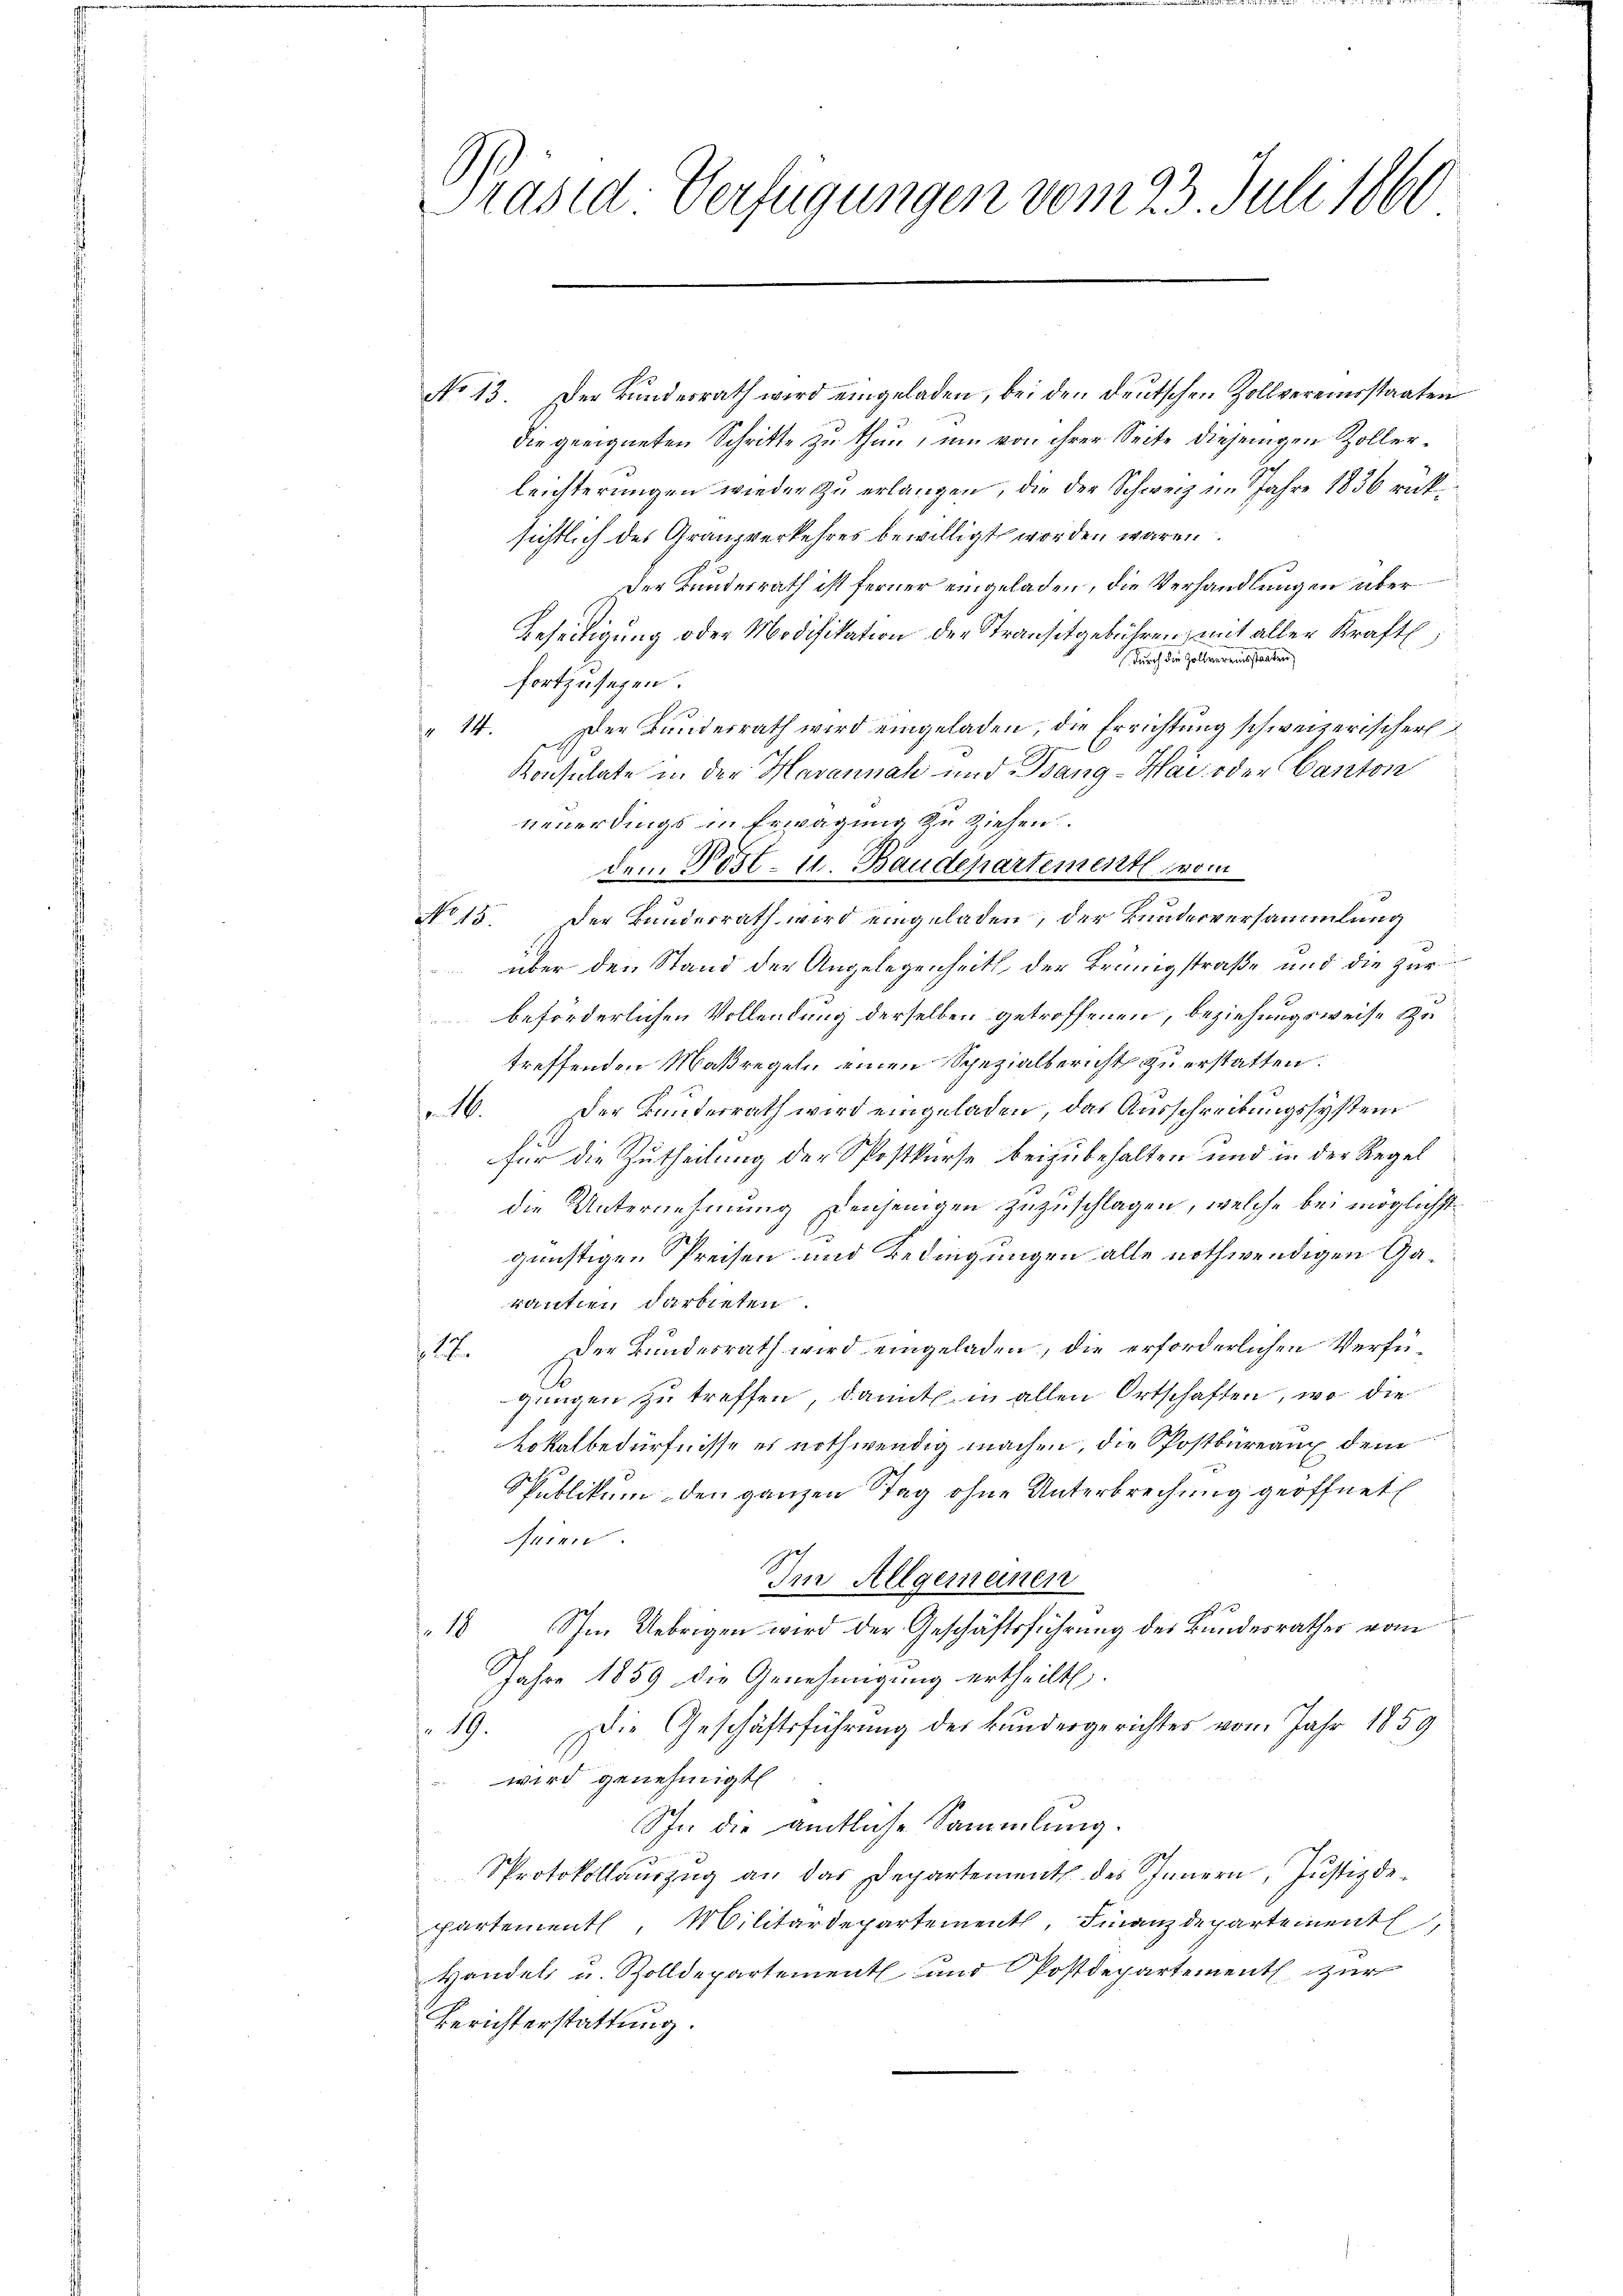
Präsid. Verfügungen vom 23. Juli 1860

No 13. Der Bundesrath wird eingeladen, bei den deutschen Zollvereinsstaaten
die geeigneten Schritte zu thun, um von ihrer Seite diejenigen Zollerleichterungen wieder zu erlangen, die der Schweiz im Jahre 1836 rüksichtlich des Granzverkehres bewilligt worden wären.
Der Bundesrath ist ferner eingeladen, die Verhandlungen über
Beseitigung oder Modifikation der Stranstgebühren, mit aller Kraftl
 durch die Zollvereinsstaaten
fortzusehen.
" 14. Der Bunderrath wird eingeladen, die Errichtung schweizerischer
Konsulate in der Havannah und Dang-Hai oder Canton
neuerdings in Erwägung zu ziehen.
dem Post- u. Baudepartement vom
No 15. Der Bundesrath wird eingeladen, der Bundesversammlung
über den Stand der Angelegenheits, der Brünigstraße und die zur
beforderlichen Vollendung derselben getroffenen, beziehungsweise Zu
treffenden Maßregeln einen Spezialbericht zu erstatten.
M. der Bauterrath wird eingeladen, das Ausschreibungssystem
für die Zutheilung der Postkurse beizubehalten und in der Regel
die Unternehmung denjenigen zuzuschlagen, welche bei möglichst
günstigen Preisen und Bedingungen alle nothwendigen Garantien darbieten.
17. Der Bundesrath wird eingeladen, die erforderlichen Verfügungen zu treffen, damit in allen Ortschaften, wo die
 Lokalbedürfnisse es nothwendig machen, die Postbüreaux dem
Spublikum den ganzen Tag ohne Unterbrechung geöffnet
nen
Im Allgemeinen
0
18 Im Uebrigen wird der Geschäftsführung des Bundesrathes vom
Jahre 1859 die Genehmigung ertheilt.
19. Die Geschäftsführung der kundesgerichtes vom Jahr 1859
wird genehmigt
Ihn die amtliche Sammlung.
Sprotokollauszug an das Departement des Innern, Justizdepartementl. Militärdepartement. Finanzdepartement,
Handels u. Zolldepartement und Postdepartement zur
Berichterstattung.